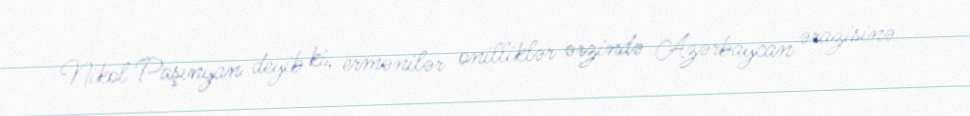
Nikol Paşinyan deyib ki, ermənilər onilliklər ərzində Azərbaycan ərazisinə